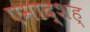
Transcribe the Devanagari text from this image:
एमाद्शह्